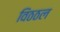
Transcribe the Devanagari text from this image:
विठठल